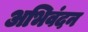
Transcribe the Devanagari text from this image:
अभिवंदन